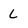
Character: L